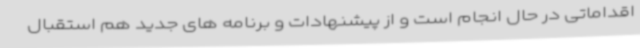
اقداماتی در حال انجام است و از پیشنهادات و برنامه های جدید هم استقبال